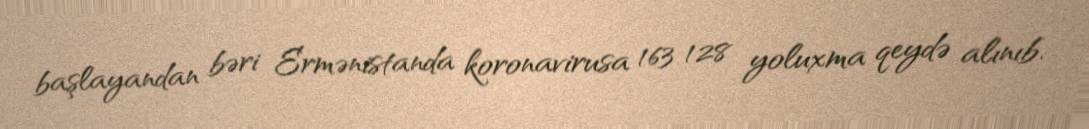
başlayandan bəri Ermənistanda koronavirusa 163 128 yoluxma qeydə alınıb.